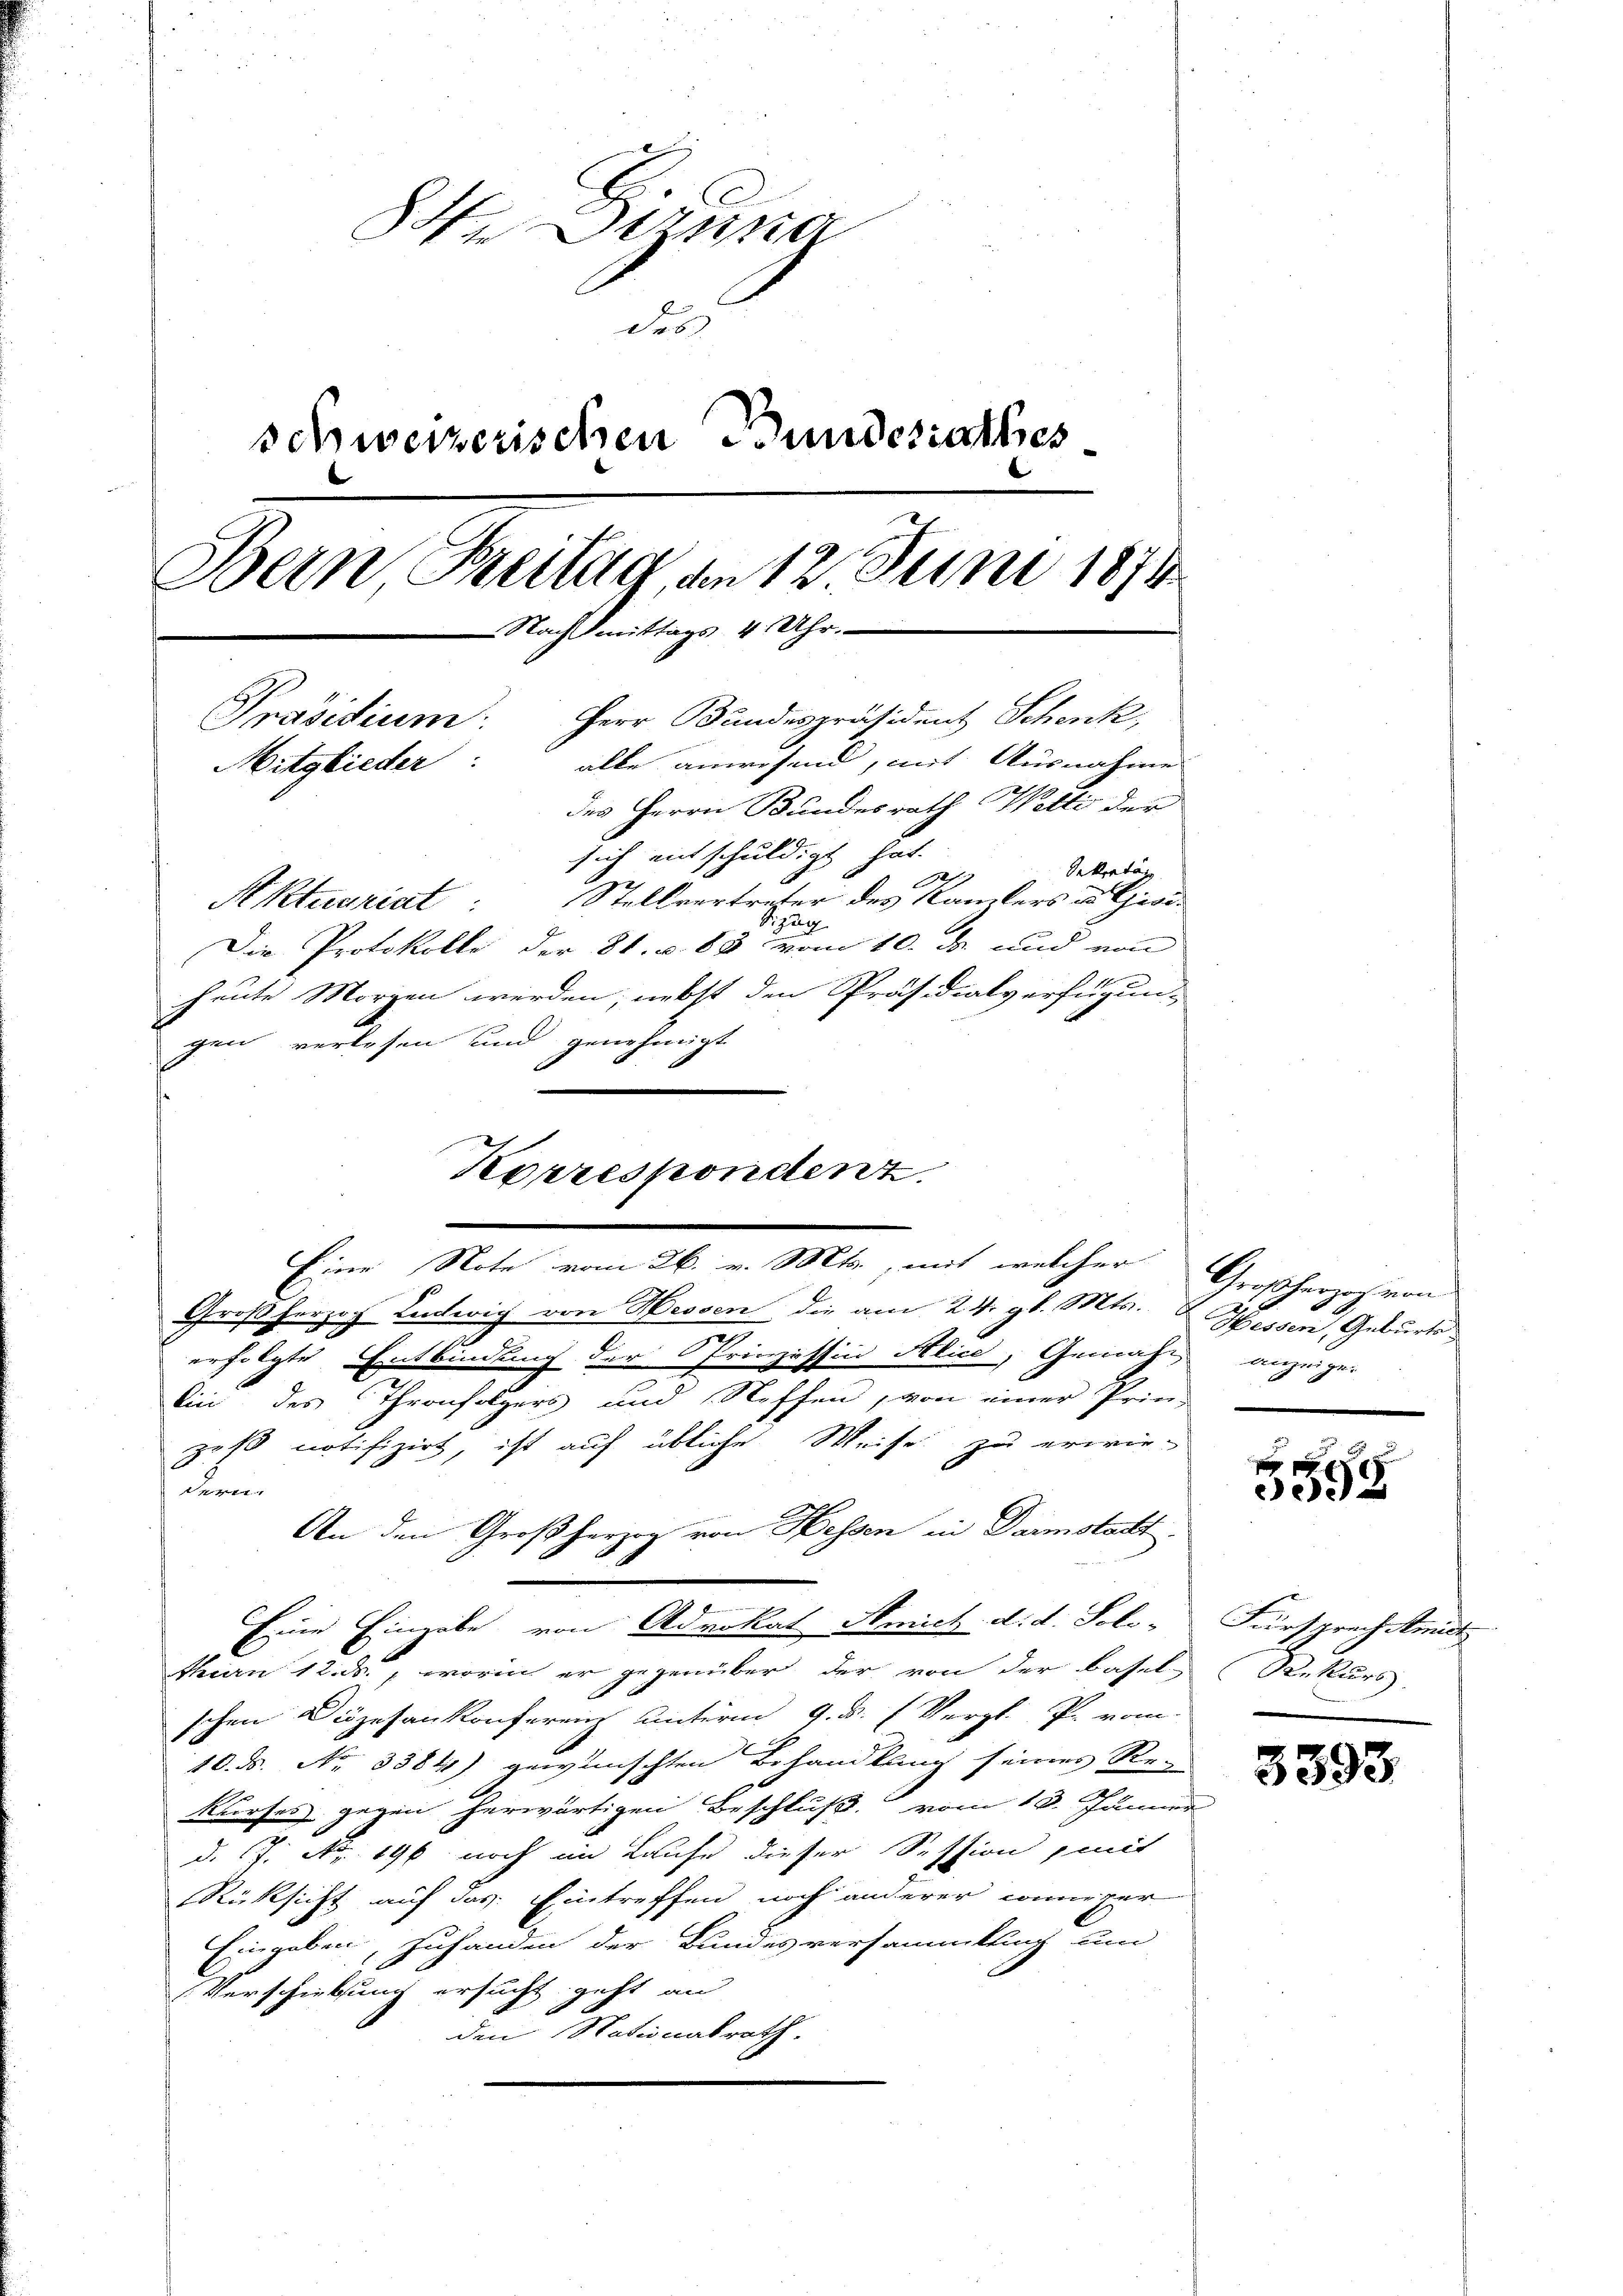
8 Deze
des
schweizerischen Bundesrathes
Dein Breitag, an 12 Juni 1874
Nachmittags 4 Uhr.
Präsidium. Herr Bundespräsident Schenk,
alle anwesend, mit Ausnahme
Mitglieder:
des Herrn Bundesrath Wetti der

Korrespondenz.
Eine Note vom 26. v. Mts., mit welcher Großherr von

sich entschuldigt hat.
Sekretär
17
Aktuariat Stellvertreter des Kamlers u. Gisi¬
Sizug
Die Protokolle der 21. v. 85 vom 10. ds. und von
heute Morgen werden, nebst den Präsidialverfügun-
gen verlesen und genehmigt
Großherzoch Lentwig von Hessen die am 24. gl. Mts. Hessen, Geburts
erfolgte Entbindung der Prinzessin Alice, Gemäss anzeigen
lin des Thronfolgers und Neffen, von einer Prin-
zoß notifizirt, ist auf übliche Weise zu erwie-
 |
An den Großherzog von Hessen in Darmstatt
Eine Eingabe von Advokat Amich. d. d. Solo-
thurn 12. ds., worin er gegenüber der von der Basel, Rekurs
schen Diözesankonferein unterm 9. d. (Vergl. P. vom
10. ds. No. 3384) gewünschten Behandlung seines Re-
Kurses gegen herwärtigen Beschluß vom 18. Jänner
d. J. Nr. 196 noch im Laufe dieser Session, mit
Rüksicht auf das Eintreffen noch anderer weniger
Eingaben, zuhanden der Bundesversammlung um
Verschiebung ersucht geht an
den Nationalrath.

x
e

Fürsprech Amiet

3393